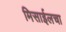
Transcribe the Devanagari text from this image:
मिसाईलचा